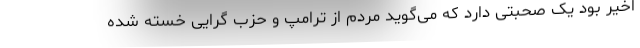
اخیر بود یک صحبتی دارد که می‌گوید مردم از ترامپ و حزب گرایی خسته شده